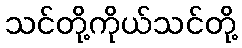
သင်တို့ကိုယ်သင်တို့